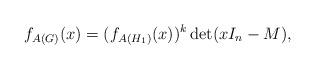
LaTeX: \begin{align*}f_{A(G)} (x) = (f_{A(H_1 )} (x))^k \det (xI_n - M),\end{align*}